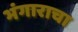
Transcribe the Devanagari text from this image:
भंगाराचा